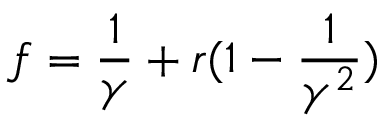
f = \frac { 1 } { \gamma } + r ( 1 - \frac { 1 } { \gamma ^ { 2 } } )